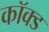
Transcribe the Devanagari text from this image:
कॉक्ड